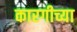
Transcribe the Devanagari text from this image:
कारगीच्या